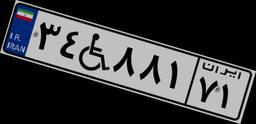
۳۴W۸۸۱۷۱